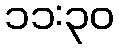
၁၁:၃၀